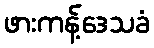
ဖားကန့်ဒေသခံ